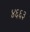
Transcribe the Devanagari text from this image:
४६६३